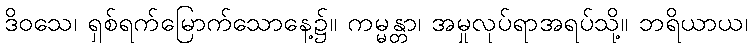
ဒိဝသေ၊ ရှစ်ရက်မြောက်သောနေ့၌။ ကမ္မန္တာ၊ အမှုလုပ်ရာအရပ်သို့။ ဘရိယာယ၊